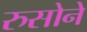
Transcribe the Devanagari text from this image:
रुसोने